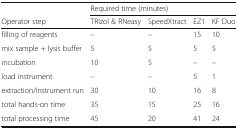
<table><thead><tr><td></td><td colspan="4"><b>Required time (minutes)</b></td></tr><tr><td><b>Operator step</b></td><td><b>TRIzol &amp; RNeasy</b></td><td><b>SpeedXtract</b></td><td><b>EZ1</b></td><td><b>KF Duo</b></td></tr></thead><tbody><tr><td>filling of reagents</td><td>–</td><td>–</td><td>15</td><td>10</td></tr><tr><td>mix sample + lysis buffer</td><td>5</td><td>5</td><td>5</td><td>5</td></tr><tr><td>incubation</td><td>10</td><td>5</td><td>–</td><td>–</td></tr><tr><td>load instrument</td><td>–</td><td>–</td><td>5</td><td>1</td></tr><tr><td>extraction/instrument run</td><td>30</td><td>10</td><td>16</td><td>8</td></tr><tr><td>total hands-on time</td><td>35</td><td>15</td><td>25</td><td>16</td></tr><tr><td>total processing time</td><td>45</td><td>20</td><td>41</td><td>24</td></tr></tbody></table>